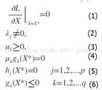
\begin{align}
\left.\frac{\partial L}{\partial X}\right|_{X=X^*}&=0 \tag{1}\\
\lambda_i&\geq0 \tag{2}\\
\lambda_ig_i(X^*)&=0 \quad i=1,\cdots,m \tag{3}\\
g_i(X^*)&\leq0 \quad i=1,\cdots,m \tag{4}\\
h_j(X^*)&=0 \quad j=1,\cdots,p \tag{5}
\end{align}